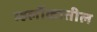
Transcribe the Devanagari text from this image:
म्हर्लोकातील